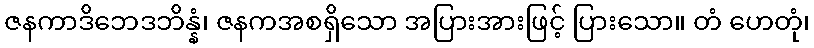
ဇနကာဒိဘေဒဘိန္နံ၊ ဇနကအစရှိသော အပြားအားဖြင့် ပြားသော။ တံ ဟေတုံ၊